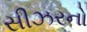
સીઝરનો